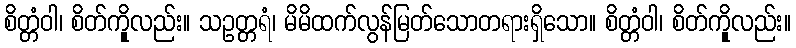
စိတ္တံဝါ၊ စိတ်ကိုူလည်း။ သဥတ္တရံ၊ မိမိထက်လွန်မြတ်သောတရားရှိသော။ စိတ္တံဝါ၊ စိတ်ကိုူလည်း။